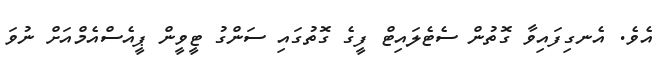
އެވެ. އެނގިފައިވާ ގޮތުން ސެޓެލައިޓް ފީގެ ގޮތުގައި ސަންގު ޓީވީން ޕީއެސްއެމްއަށް ނުވަ